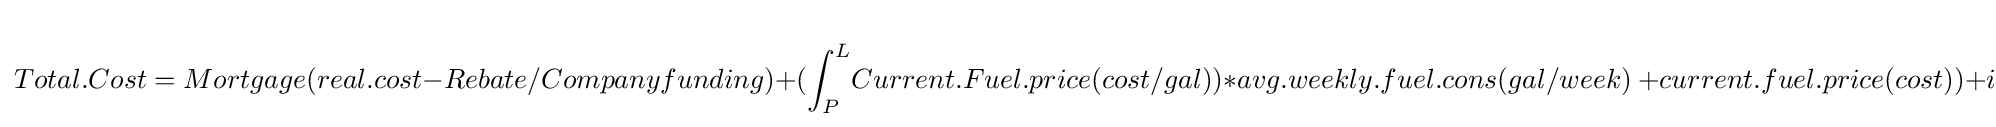
Total.Cost=Mortgage(real.cost-Rebate/Companyfunding)+(\int _{P}^{L}\!Current.Fuel.price(cost/gal))*avg.weekly.fuel.cons(gal/week)\ +current.fuel.price(cost))+insurance(cost)